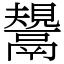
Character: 鬹